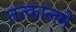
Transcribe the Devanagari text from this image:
तत्कालमे